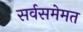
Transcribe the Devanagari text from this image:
सर्वसमेमत